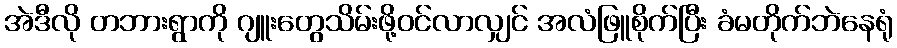
အဲဒီလို တဘားရွာကို ဂျူးတွေသိမ်းဖို့ဝင်လာလျှင် အလံဖြူစိုက်ပြီး ခံမတိုက်ဘဲနေရုံ